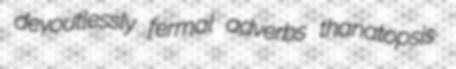
devoutlessly fermal adverbs thanatopsis